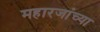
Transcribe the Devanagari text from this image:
महारजांच्या